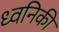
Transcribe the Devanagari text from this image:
ध्‍वनिकी